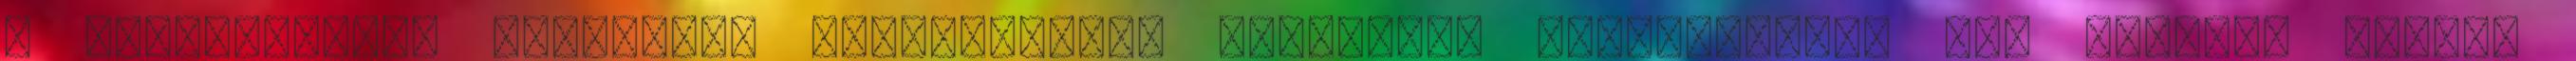
a szolgáltatás technikai üzemeltetője semmilyen felelősséget nem vállal, azokat